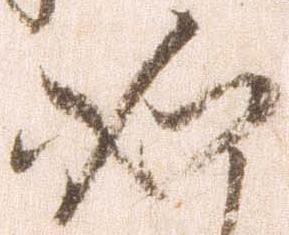
如